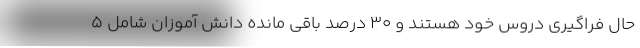
حال فراگیری دروس خود هستند و ۳۰ درصد باقی مانده دانش آموزان شامل ۵